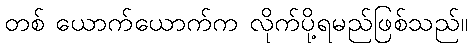
တစ် ယောက်ယောက်က လိုက်ပို့ရမည်ဖြစ်သည်။